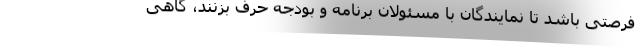
فرصتی باشد تا نمایندگان با مسئولان برنامه و بودجه حرف بزنند، گاهی